Reports on dispensaries and lunatic asylums in the Province of Oudh - 1869-1876
Year: 1869
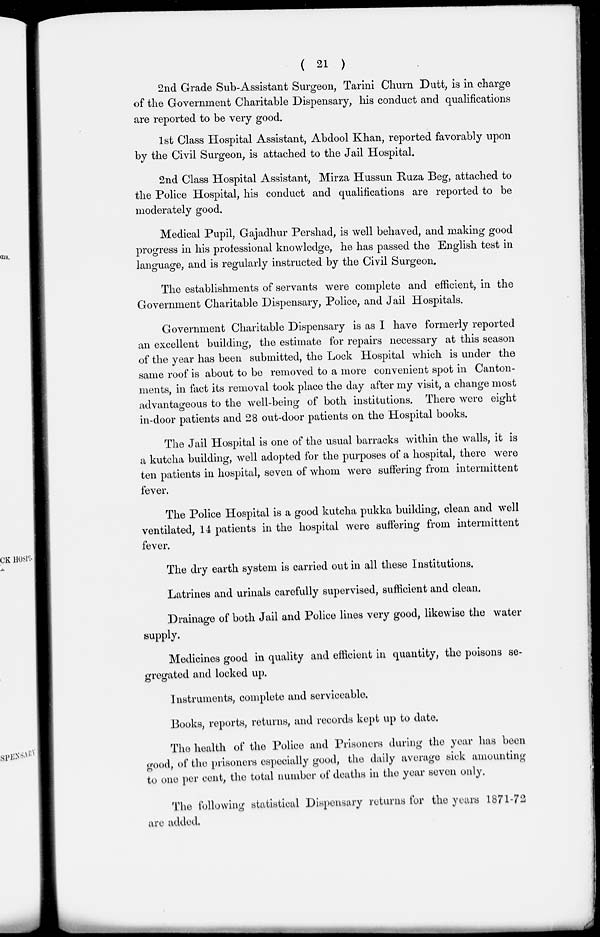
( 21 )
2nd Grade Sub-Assistant Surgeon, Tarini Churn Dutt, is in charge
of the Government Charitable Dispensary, his conduct and qualifications
are reported to be very good.
1st Class Hospital Assistant, Abdool Khan, reported favorably upon
by the Civil Surgeon, is attached to the Jail Hospital.
2nd Class Hospital Assistant, Mirza Hussun Ruza Beg, attached to
the Police Hospital, his conduct and qualifications are reported to be
moderately good.
Medical Pupil, Gajadhur Pershad, is well behaved, and making good
progress in his professional knowledge, he has passed the English test in
language, and is regularly instructed by the Civil Surgeon.
The establishments of servants were complete and efficient, in the
Government Charitable Dispensary, Police, and Jail Hospitals.
Government Charitable Dispensary is as I have formerly reported
an excellent building, the estimate for repairs necessary at this season
of the year has been submitted, the Lock Hospital which is under the
same roof is about to be removed to a more convenient spot in Canton-
ments, in fact its removal took place the day after my visit, a change most
advantageous to the well-being of both institutions. There were eight
in-door patients and 28 out-door patients on the Hospital books.
The Jail Hospital is one of the usual barracks within the walls, it is
a kutcha building, well adopted for the purposes of a hospital, there were
ten patients in hospital, seven of whom were suffering from intermittent
fever.
The Police Hospital is a good kutcha pukka building, clean and well
ventilated, 14 patients in the hospital were suffering from intermittent
fever.
The dry earth system is carried out in all these Institutions.
Latrines and urinals carefully supervised, sufficient and clean.
Drainage of both Jail and Police lines very good, likewise the water
supply.
Medicines good in quality and efficient in quantity, the poisons se-
gregated and locked up.
Instruments, complete and serviceable.
Books, reports, returns, and records kept up to date.
The health of the Police and Prisoners during the year has been
good, of the prisoners especially good, the daily average sick amounting
to one per cent, the total number of deaths in the year seven only.
The following statistical Dispensary returns for the years 1871-72
are added.